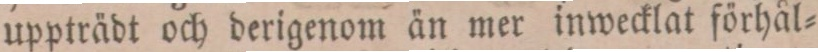
uppträdt och derigenom än mer inwecklat förhål=